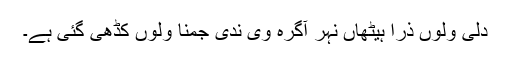
دلی ولوں ذرا ہیٹھاں نہر آگرہ وی ندی جمنا ولوں کڈھی گئی ہے۔